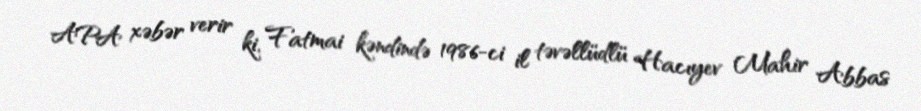
APA xəbər verir ki, Fatmai kəndində 1986-ci il təvəllüdlü Hacıyev Mahir Abbas